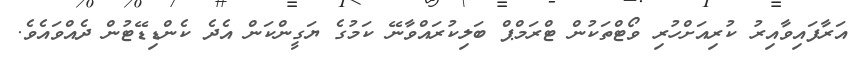
އަރާފައިވާއިރު ކުރިއަށްހުރި ވޯޓްތަކުން ޓްރަމްޕް ބަލިކުރައްވާނޭ ކަމުގެ ޔަގީންކަން އެދެ ކެންޑިޑޭޓުން ދެއްވައެވެ.